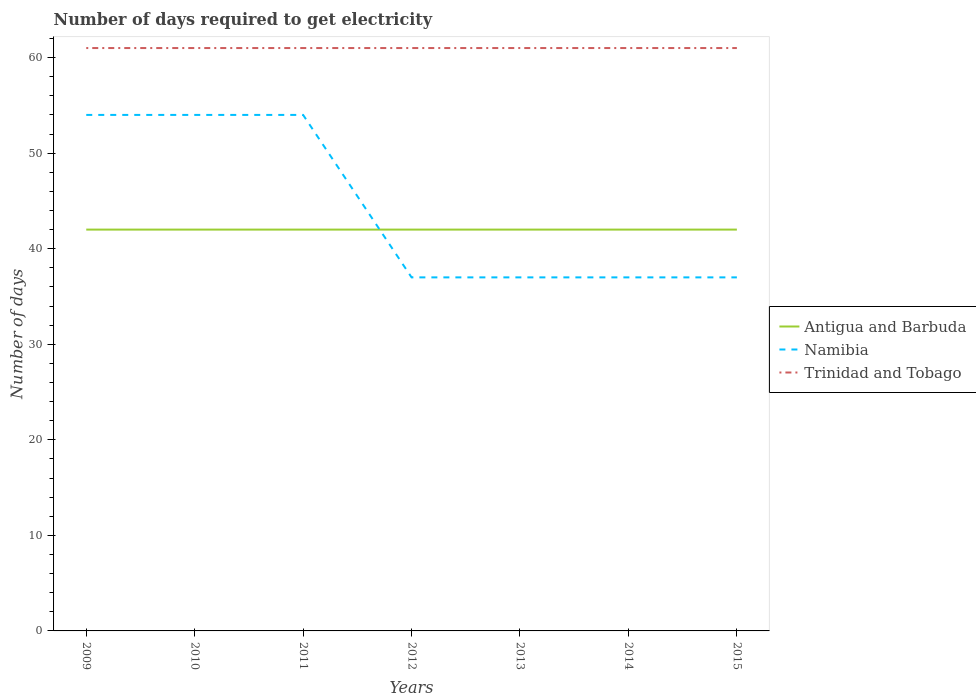
| Years | Antigua and Barbuda | Namibia | Trinidad and Tobago |
 | --- | --- | --- | --- |
 | 2009 | 42 | 54 | 61 |
 | 2010 | 42 | 54 | 61 |
 | 2011 | 42 | 54 | 61 |
 | 2012 | 42 | 37 | 61 |
 | 2013 | 42 | 37 | 61 |
 | 2014 | 42 | 37 | 61 |
 | 2015 | 42 | 37 | 61 |